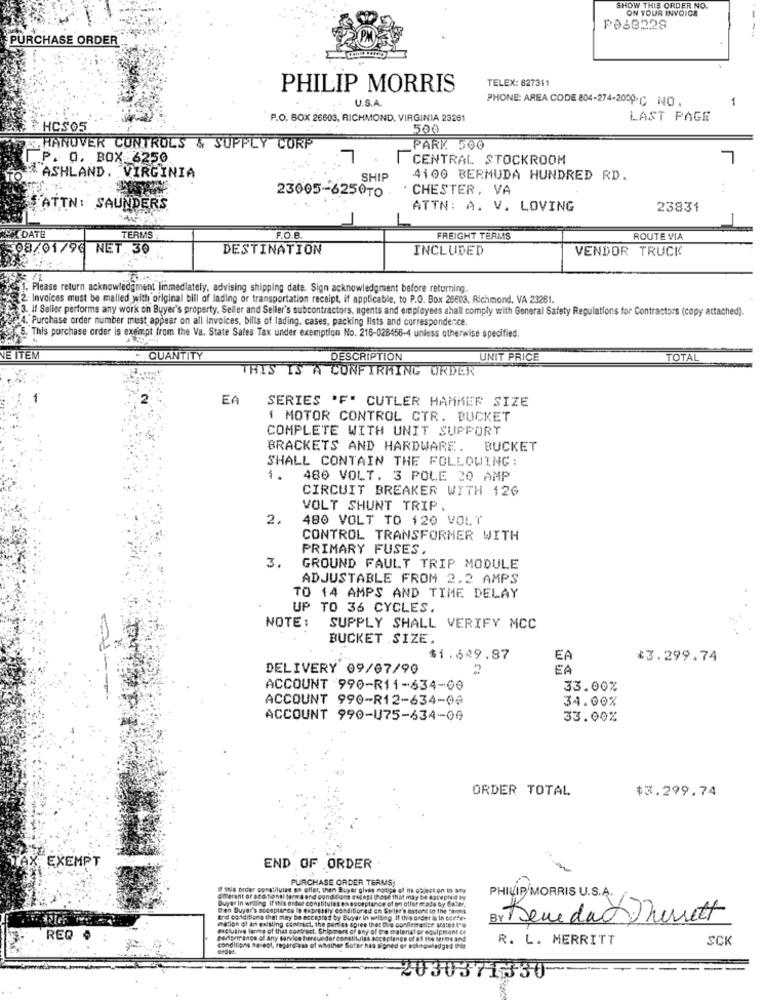
SHOW THIS ORDER NO.
SHOW
ON YOUR INVOICE
PO68228
--
PURCHASE ORDER
TELEX: 827311
PHILIP MORRIS
. U.S.A.
PHONE: AREA CODE 804-274-2009℃ NO.
1
P.O. BOX 26603, RICHMOND, VIRGINIA 23261
LAST PAGE
THCS05
500
HANOVER CONTROLS & SUPPLY CORP
PARK 500
P. O. BOX 6250
7
CENTRAL STOCKROOM
&ASHLAND, VIRGINIA
SHIP
4100 BERMUDA HUNDRED RD.
. CHESTER, VA
23005-625010 -
ATTN: SAUNDERS
ATTN: A. V. LOVING
23831
DATE
TERMS
F.O.B
FREIGHT TERMS
ROUTE VIA
08/01/90 NET.30
DESTINATION
INCLUDED
VENDOR TRUCK
1. Please return acknowledgment Immediately, advising shipping date. Sign acknowledgment before returning.
2 Invoices must be malled with original bill of lading or transportation receipt, if applicable, to P.O. Box 25603. Richmond, VA 23261.
3. If Seller performs any work on Buyer's property, Seller and Seller's subcontractors, agents and employees shall comply with General Safety Regulations for Contractors (copy attached).
24. A. Purchase order number must appear on all invoices, bills of lading, cases, packing lists and correspondence.
.5. This purchase order is exempt from the Va. State Sales Tax under exemption No. 216-028456-4 unless otherwise specified.
VE ITEM
QUANTITY
DESCRIPTION
UNIT PRICE
TOTAL
THIS IS A CONFIRMING ORDER
EA
SERIES 'F' CUTLER HAMMER SIZE
1 MOTOR CONTROL CTR. BUCKET
COMPLETE WITH UNIT SUPPORT
BRACKETS AND HARDWARE. BUCKET
SHALL CONTAIN THE FOLLOWING:
1.
480 VOLT, 3 POLE 20 AMP
CIRCUIT BREAKER WITH 12G
VOLT SHUNT TRIP.
2.
480 VOLT TO 120 VOLT
CONTROL TRANSFORMER WITH
PRIMARY FUSES.
3.
GROUND FAULT TRIP MODULE
ADJUSTABLE FROM 2.2 AMPS
TO 14 AMPS AND TIME DELAY
UP TO 36 CYCLES.
NOTE :
SUPPLY SHALL VERIFY MCC
BUCKET SIZE.
$1.649.87
EA
*3.299.74
DELIVERY 09/07/90
?
EA
ACCOUNT 990-R11-634-00
33.00%
ACCOUNT 990-R12-634-08
34.00%
ACCOUNT 990-U75-634-09
33.00%
ORDER TOTAL
$3.299.74
TAX EXEMPT
END OF ORDER
PURCHASE ORDER TERMS,
If sola order constitules es offer, then Buyer gives notice of its of
Duyar In writing If this order constitutes @
Efferent or stationsl terms and conditions avcepl Ueese that may be
eplance of an offers
PHILIP MORRIS U.S.A.
Ten Buyer's acceptance Io expressly conditioned en Seier's estont I
mation of an existing contract, the parties agree that Die conden
and conditions that may be accepted by Buyer in writing. If this onder
Br Deve das Thersett
REQ
BenBerance of Any service herquedar constill# Boch
R. L. MERRITT
SCI
conditions Receot, regardless of whether Sorer h
--
2030371330-